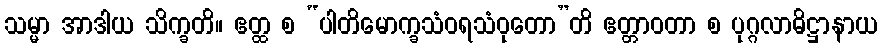
သမ္မာ အာဒါယ သိက္ခတိ။ ဧတ္ထ စ “ပါတိမောက္ခသံဝရသံဝုတော”တိ ဧတ္တာဝတာ စ ပုဂ္ဂလာဓိဋ္ဌာနာယ